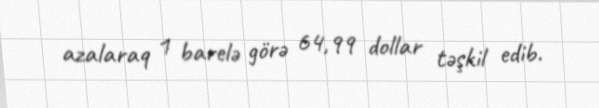
azalaraq 1 barelə görə 64,99 dollar təşkil edib.